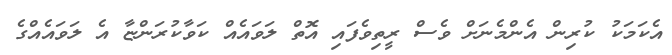
އެކަމަކު ކުރިން އެންމެނަށް ވެސް ރީތިވެފައި އޮތް ލަވައެއް ކަވާކުރަންޏާ އެ ލަވައެއްގެ